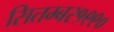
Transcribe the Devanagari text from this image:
सितम्बर१९९०